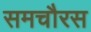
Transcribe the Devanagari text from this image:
समचौरस